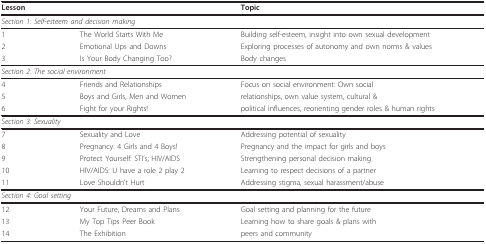
<table><thead><tr><td><b>Lesson</b></td><td></td><td><b>Topic</b></td></tr></thead><tbody><tr><td colspan="2"><i>Section 1: Self-esteem and decision making</i></td><td></td></tr><tr><td>1</td><td>The World Starts With Me</td><td>Building self-esteem, insight into own sexual development</td></tr><tr><td>2</td><td>Emotional Ups and Downs</td><td>Exploring processes of autonomy and own norms &amp; values</td></tr><tr><td>3</td><td>Is Your Body Changing Too?</td><td>Body changes</td></tr><tr><td colspan="2"><i>Section 2: The social environment</i></td><td></td></tr><tr><td>4</td><td>Friends and Relationships</td><td>Focus on social environment: Own social</td></tr><tr><td>5</td><td>Boys and Girls, Men and Women</td><td>relationships, own value system, cultural &amp;</td></tr><tr><td>6</td><td>Fight for your Rights!</td><td>political influences, reorienting gender roles &amp; human rights</td></tr><tr><td colspan="2"><i>Section 3: Sexuality</i></td><td></td></tr><tr><td>7</td><td>Sexuality and Love</td><td>Addressing potential of sexuality</td></tr><tr><td>8</td><td>Pregnancy: 4 Girls and 4 Boys!</td><td>Pregnancy and the impact for girls and boys</td></tr><tr><td>9</td><td>Protect Yourself: STI&#x27;s; HIV/AIDS</td><td>Strengthening personal decision making</td></tr><tr><td>10</td><td>HIV/AIDS: U have a role 2 play 2</td><td>Learning to respect decisions of a partner</td></tr><tr><td>11</td><td>Love Shouldn&#x27;t Hurt</td><td>Addressing stigma, sexual harassment/abuse</td></tr><tr><td colspan="2"><i>Section 4: Goal setting</i></td><td></td></tr><tr><td>12</td><td>Your Future, Dreams and Plans</td><td>Goal setting and planning for the future</td></tr><tr><td>13</td><td>My Top Tips Peer Book</td><td>Learning how to share goals &amp; plans with</td></tr><tr><td>14</td><td>The Exhibition</td><td>peers and community</td></tr></tbody></table>